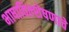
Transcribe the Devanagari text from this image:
भाषाविल्शेषणाचे